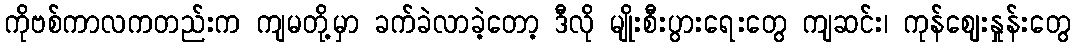
ကိုဗစ်ကာလကတည်းက ကျမတို့မှာ ခက်ခဲလာခဲ့တော့ ဒီလို မျိုးစီးပွားရေးတွေ ကျဆင်း၊ ကုန်ဈေးနှုန်းတွေ